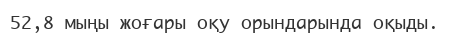
52,8 мыңы жоғары оқу орындарында оқыды.